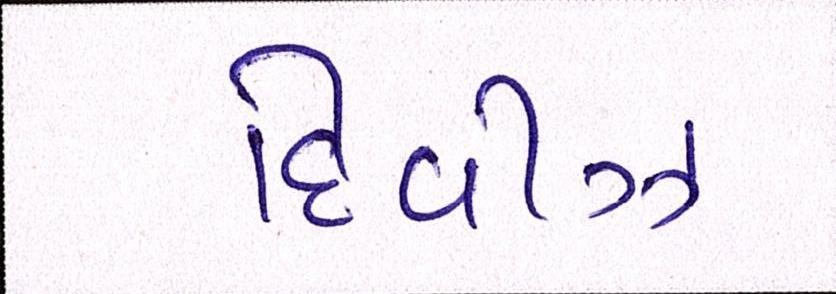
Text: દિવીઝ